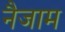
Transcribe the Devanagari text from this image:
नैजाम